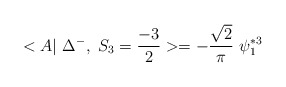
\begin{align*}<A|~\Delta^{-}, ~S_3=\frac{-3}{2} >=- \frac{\sqrt{2}}{\pi} ~\psi_1^{*3}\end{align*}